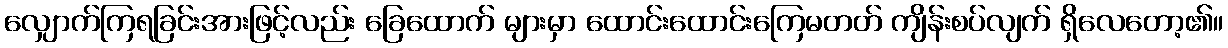
လျှောက်ကြရခြင်းအားဖြင့်လည်း ခြေထောက် များမှာ ထောင်းထောင်းကြေမတတ် ကျိန်းစပ်လျက် ရှိလေတော့၏။